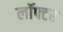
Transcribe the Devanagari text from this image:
लॉफ्टर